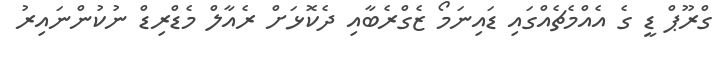
ގްރޫޕް ޑީ ގެ އެއްމެޗެއްގައި ޑައިނަމޯ ޒެގްރެބާއި ދެކޮޅަށް ރެއާލް މެޑްރިޑް ނުކުންނައިރު